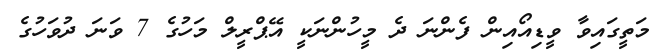
މަތީގައިވާ ވީޑިއޯއިން ފެންނަ ދެ މީހުންނަކީ އޭޕްރީލް މަހުގެ 7 ވަނަ ދުވަހުގެ